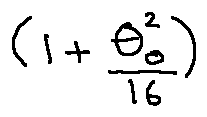
( 1 + \frac { \theta _ { 0 } ^ { 2 } } { 1 6 } )